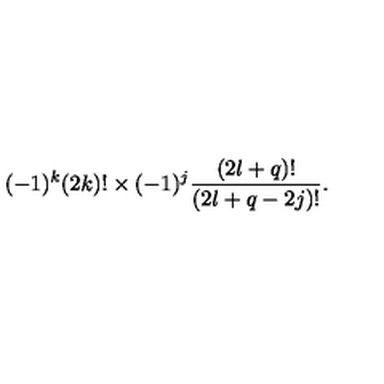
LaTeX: ( - 1 ) ^ { k } ( 2 k ) ! \times ( - 1 ) ^ { j } \frac { ( 2 l + q ) ! } { ( 2 l + q - 2 j ) ! } .